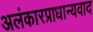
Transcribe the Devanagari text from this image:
अलंकारप्राधान्यवाद